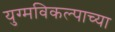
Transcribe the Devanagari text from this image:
युग्मविकल्पाच्या